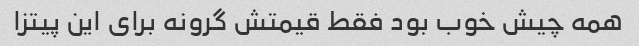
همه چیش خوب بود فقط قیمتش گرونه برای این پیتزا